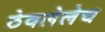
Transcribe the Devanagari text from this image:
ठेवलेलेच